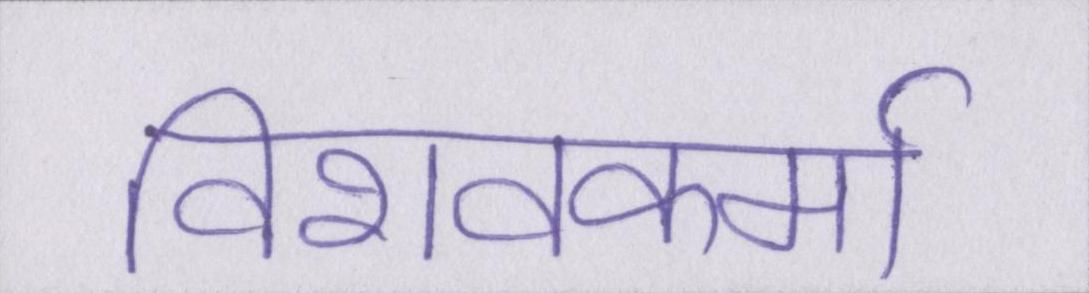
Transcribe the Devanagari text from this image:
विशवकर्मा